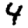
Digit: 4